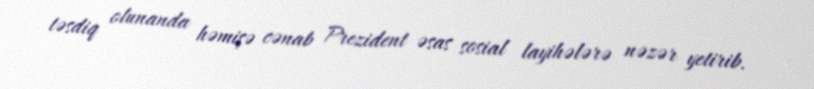
təsdiq olunanda həmişə cənab Prezident əsas sosial layihələrə nəzər yetirib.